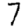
Digit: 7